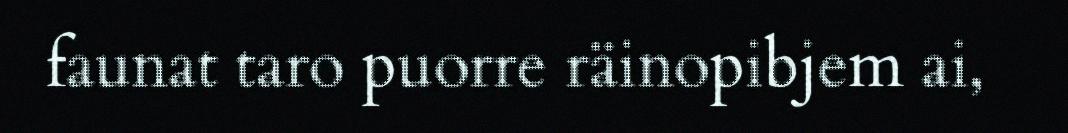
faunat taro puorre räinopibjem ai,